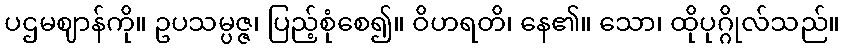
ပဌမဈာန်ကို။ ဥပသမ္ပဇ္ဇ၊ ပြည့်စုံစေ၍။ ဝိဟရတိ၊ နေ၏။ သော၊ ထိုပုဂ္ဂိုလ်သည်။